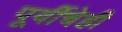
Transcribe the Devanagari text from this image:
पूर्वीचेही